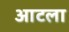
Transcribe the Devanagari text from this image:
आटला